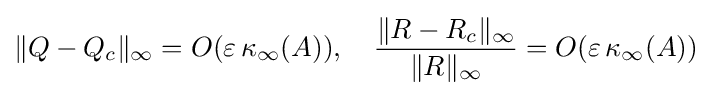
\|Q-Q_{c}\|_{\infty }=O(\varepsilon \,\kappa _{\infty }(A)),\quad {\frac {\|R-R_{c}\|_{\infty }}{\|R\|_{\infty }}}=O(\varepsilon \,\kappa _{\infty }(A))